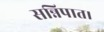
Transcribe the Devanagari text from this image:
सन्निपात।